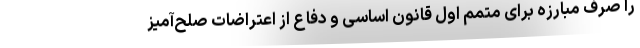
را صرف مبارزه برای متمم اول قانون اساسی و دفاع از اعتراضات صلح‌آمیز